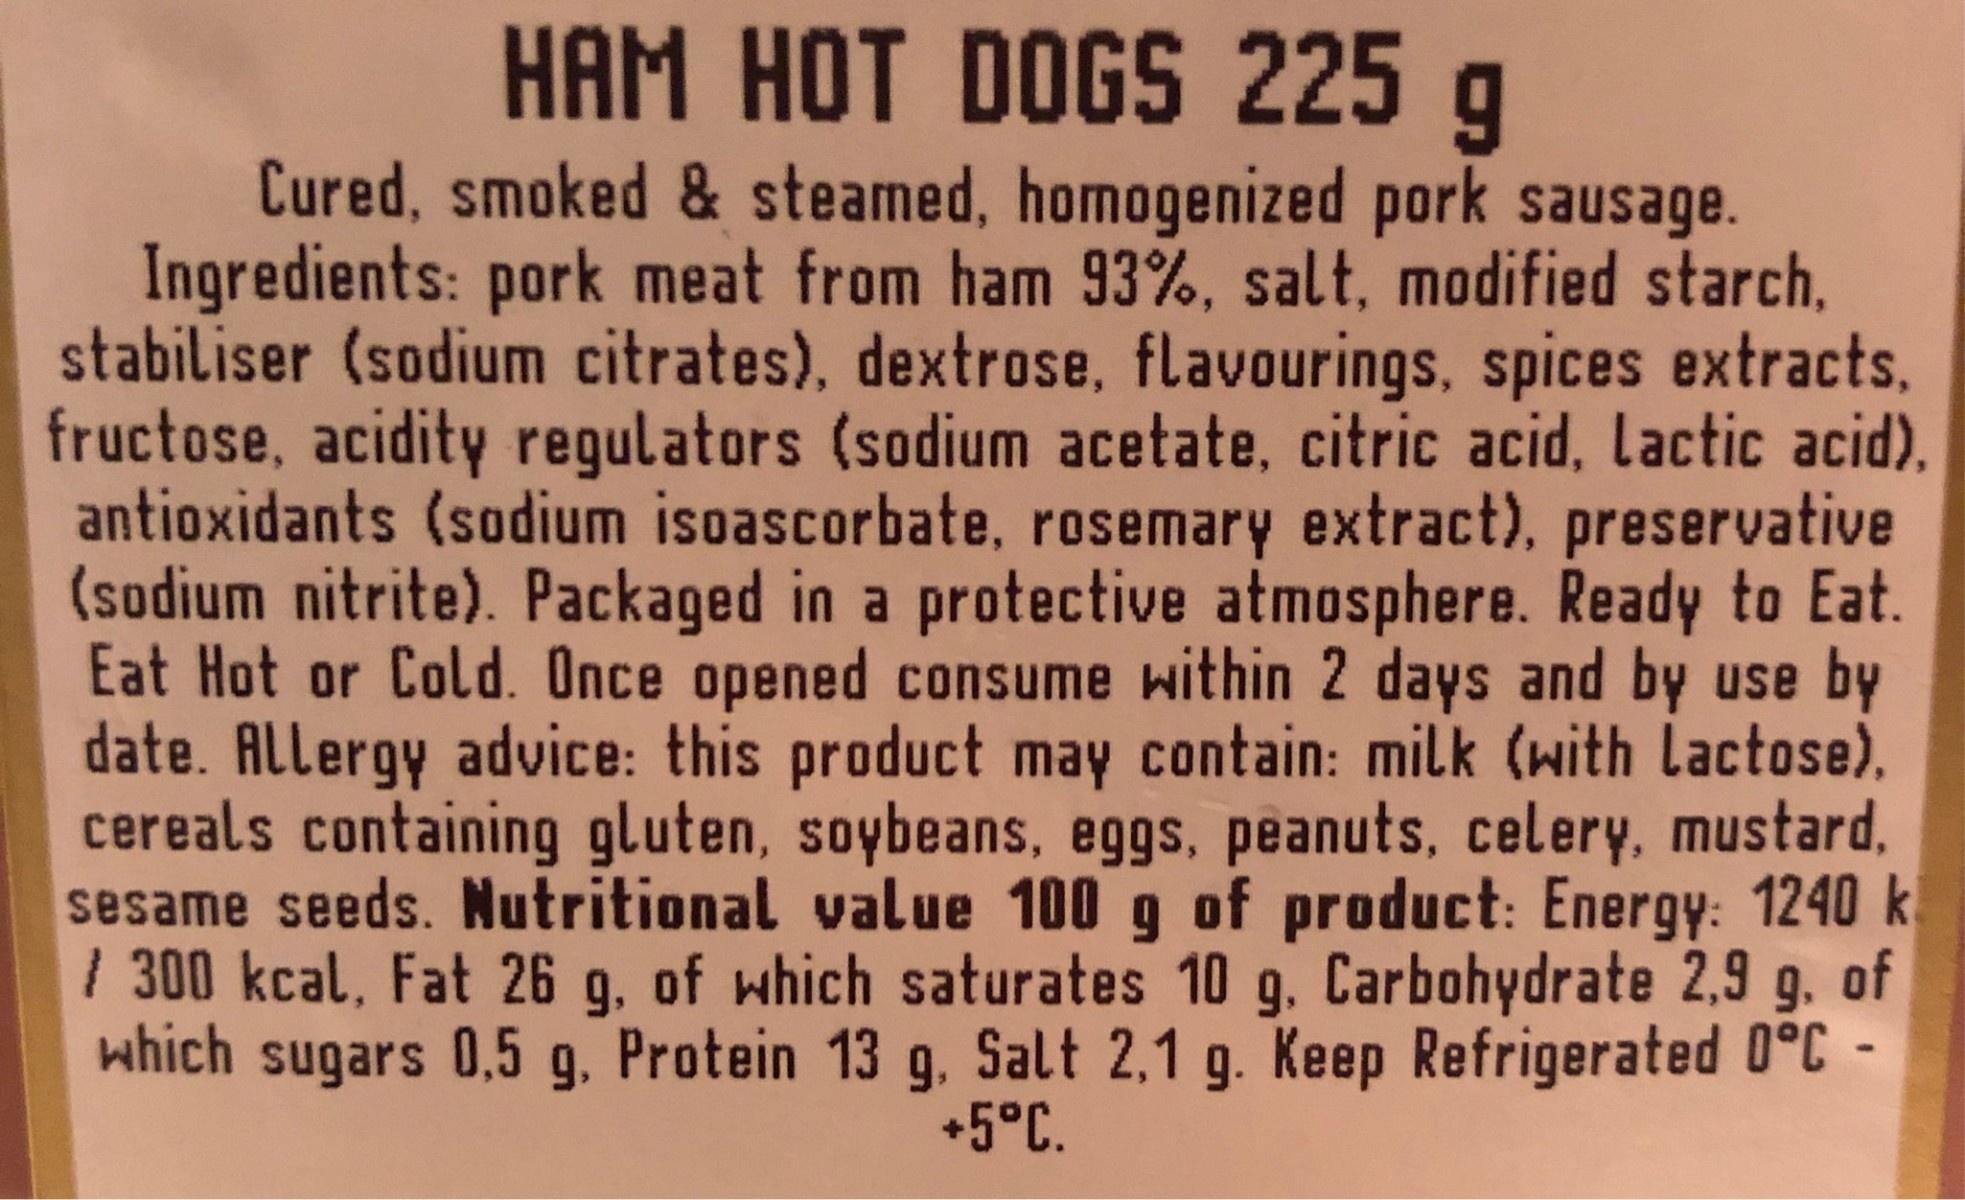
HАМ НОТ DOGS 225 g Cured, smoked & steamed, homogenized pork sausage. Ingredients: pork meat from ham 93%, salt, modified starch, stabiliser (sodium citrates), dextrose, flavourings, spices extracts, fructose, acidity regulators (sodium acetate, citric acid, lactic acid), antioxidants (sodium isoascorbate, rosemary extract), preservative (sodium nitrite). Packaged in a protective atmosphere. Ready to Eat. Eat Hot or Cold. Once opened consume within 2 days and by use by date. Allergy advice: this product may contain: milk (with Lactose). cereals containing gluten, soybeans, eggs, peanuts, celery, mustard, sesame seeds. Nutritional value 100 g of product: Energy: 1240 k | 300 kcal, Fat 26 g, of which saturates 10 g. Carbohydrate 2,9 of 9. which sugars 0,5 g, Protein 13 g, Salt 2,1 g. Keep Refrigerated 0°C- +5°C.